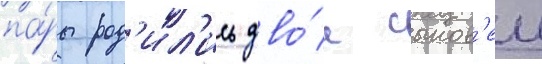
па́ры род'ил'ись дво́е сынов'еи